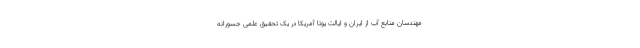
مهندسان منابع آب از ایران و ایالت یوتا آمریکا در یک تحقیق علمی جسورانه